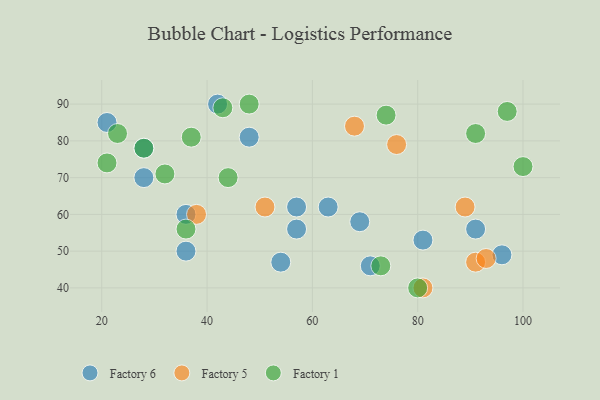
{"axis": {"x": "GDP", "y": "Life Expectancy"}, "legend": ["Factory 1", "Factory 5", "Factory 6"], "data": [{"x": "71", "y": 46, "type": "Factory 6"}, {"x": "42", "y": 90, "type": "Factory 6"}, {"x": "36", "y": 50, "type": "Factory 6"}, {"x": "36", "y": 60, "type": "Factory 6"}, {"x": "57", "y": 62, "type": "Factory 6"}, {"x": "28", "y": 70, "type": "Factory 6"}, {"x": "96", "y": 49, "type": "Factory 6"}, {"x": "28", "y": 78, "type": "Factory 6"}, {"x": "57", "y": 56, "type": "Factory 6"}, {"x": "69", "y": 58, "type": "Factory 6"}, {"x": "48", "y": 81, "type": "Factory 6"}, {"x": "21", "y": 85, "type": "Factory 6"}, {"x": "81", "y": 53, "type": "Factory 6"}, {"x": "63", "y": 62, "type": "Factory 6"}, {"x": "54", "y": 47, "type": "Factory 6"}, {"x": "91", "y": 56, "type": "Factory 6"}, {"x": "76", "y": 79, "type": "Factory 5"}, {"x": "68", "y": 84, "type": "Factory 5"}, {"x": "91", "y": 47, "type": "Factory 5"}, {"x": "93", "y": 48, "type": "Factory 5"}, {"x": "89", "y": 62, "type": "Factory 5"}, {"x": "38", "y": 60, "type": "Factory 5"}, {"x": "81", "y": 40, "type": "Factory 5"}, {"x": "51", "y": 62, "type": "Factory 5"}, {"x": "43", "y": 89, "type": "Factory 1"}, {"x": "48", "y": 90, "type": "Factory 1"}, {"x": "73", "y": 46, "type": "Factory 1"}, {"x": "91", "y": 82, "type": "Factory 1"}, {"x": "74", "y": 87, "type": "Factory 1"}, {"x": "37", "y": 81, "type": "Factory 1"}, {"x": "21", "y": 74, "type": "Factory 1"}, {"x": "80", "y": 40, "type": "Factory 1"}, {"x": "36", "y": 56, "type": "Factory 1"}, {"x": "23", "y": 82, "type": "Factory 1"}, {"x": "28", "y": 78, "type": "Factory 1"}, {"x": "32", "y": 71, "type": "Factory 1"}, {"x": "44", "y": 70, "type": "Factory 1"}, {"x": "97", "y": 88, "type": "Factory 1"}, {"x": "100", "y": 73, "type": "Factory 1"}]}